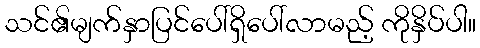
သင်၏မျက်နှာပြင်ပေါ်ရှိပေါ်လာမည့် ကိုနှိပ်ပါ။